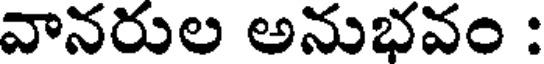
వానరుల అనుభవం :